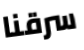
سرقنا